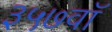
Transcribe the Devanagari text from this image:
३५७वॉ